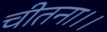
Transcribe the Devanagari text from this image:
चीतना।।